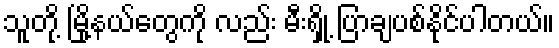
သူတို့ မြို့နယ်တွေကို လည်း မီးရှို့ ပြာချပစ်နိုင်ပါတယ်။